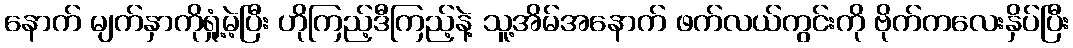
နောက် မျက်နှာကိုရှုံ့မဲ့ပြီး ဟိုကြည့်ဒီကြည့်နဲ့ သူ့အိမ်အနောက် ဖက်လယ်ကွင်းကို ဗိုက်ကလေးနှိပ်ပြီး